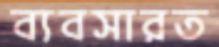
ব্যবসারত